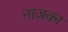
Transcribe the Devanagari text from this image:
नाजका